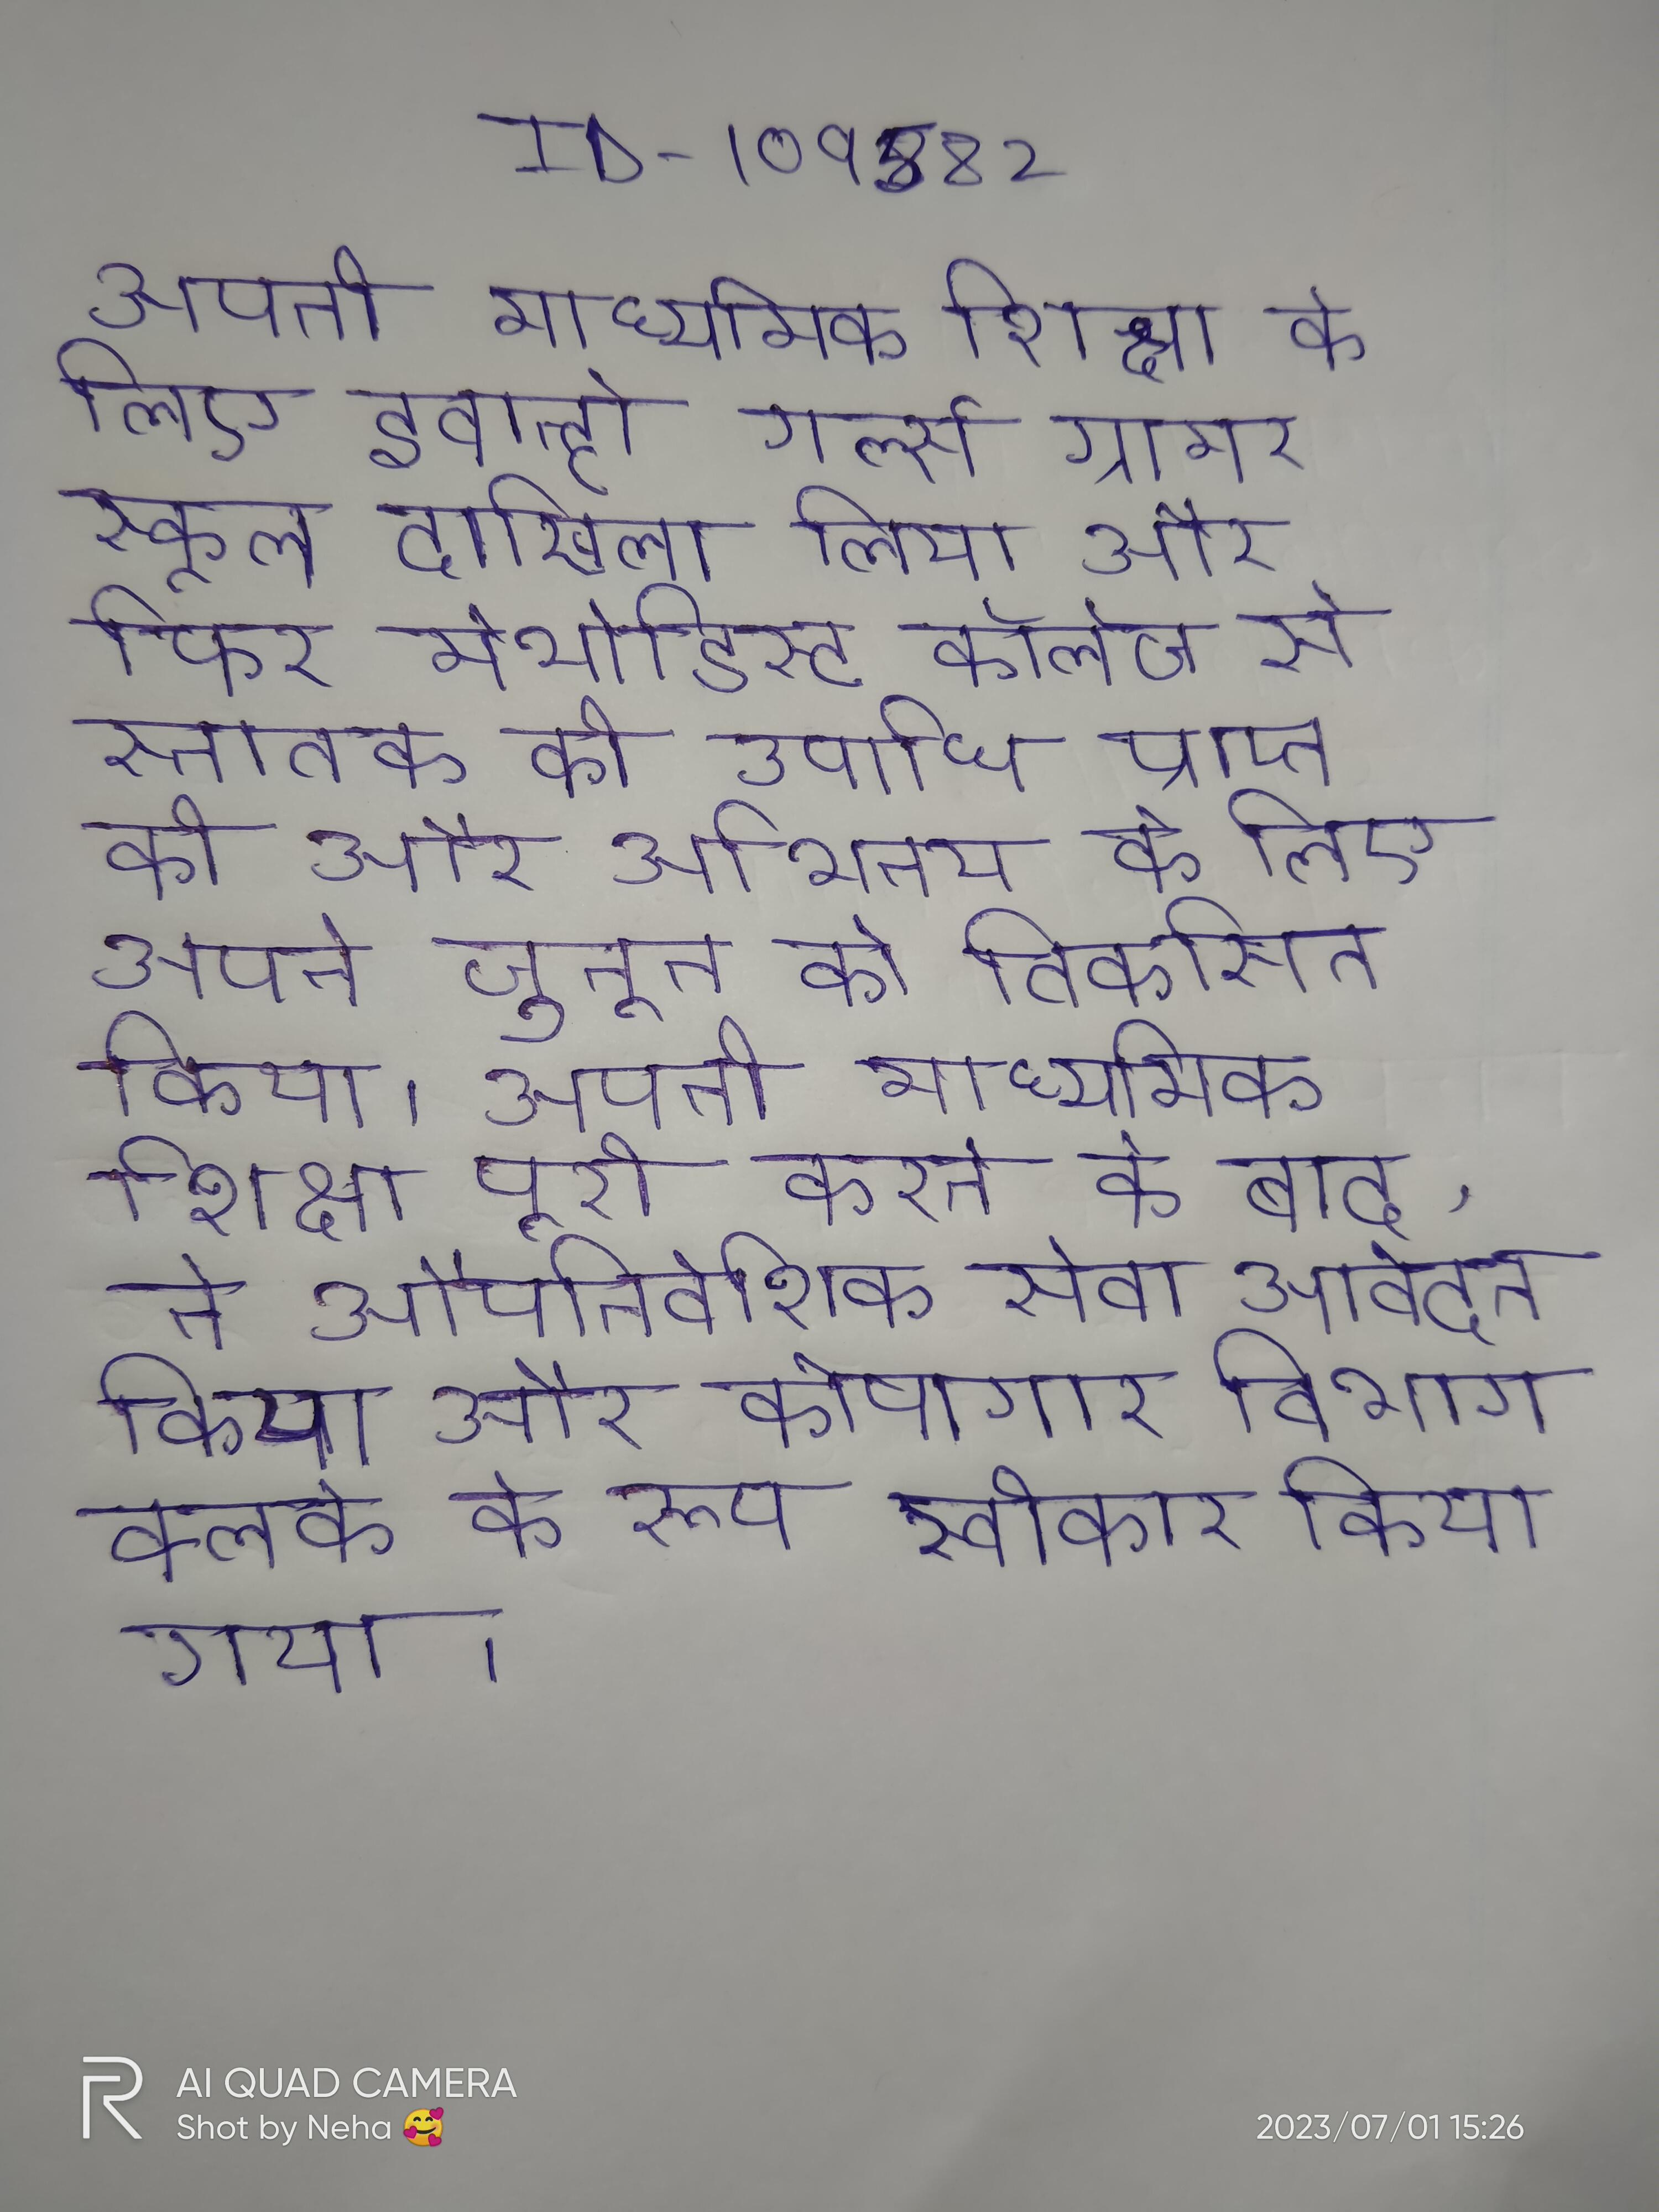
अपनी माध्यमिक शिक्षा के लिए इवान्हो गर्ल्स ग्रामर स्कूल दाखिला लिया और फिर मेथोडिस्ट कॉलेज से स्नातक की उपाधि प्राप्त की और अभिनय के लिए अपने जुनून को विकसित किया । अपनी माध्यमिक शिक्षा पूरी करने के बाद, ने औपनिवेशिक सेवा आवेदन किया और कोषागार विभाग क्लर्क के रूप स्वीकार किया गया ।